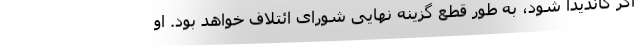
اگر کاندیدا شود، به طور قطع گزینه نهایی شورای ائتلاف خواهد بود. او